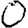
Digit: 0